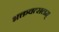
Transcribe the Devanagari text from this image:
भक्तवत्सलम्